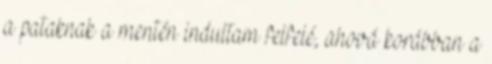
a pataknak a mentén indultam felfelé, ahová korábban a